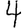
Digit: 4